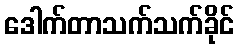
ဒေါက်တာသက်သက်ခိုင်